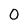
Character: 0